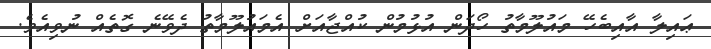
ޢައިލާ އާއިބެހޭ މައުލޫމާތު ހޯދަން އުޅުމުން ކުއްޖާއަށް އެމައުލޫމާތު ދެވޭނެ ގޮތެއް ނުވިއެވެ.